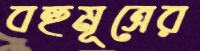
বহুমূত্রের